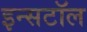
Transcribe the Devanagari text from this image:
इन्सटॉल